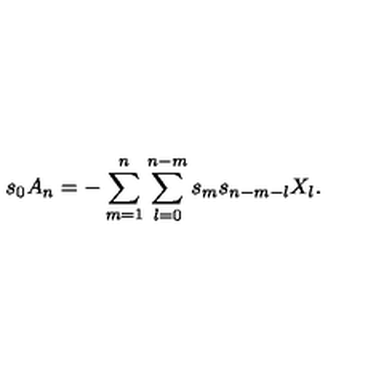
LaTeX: s _ { 0 } A _ { n } = - \sum _ { m = 1 } ^ { n } \sum _ { l = 0 } ^ { n - m } s _ { m } s _ { n - m - l } X _ { l } .